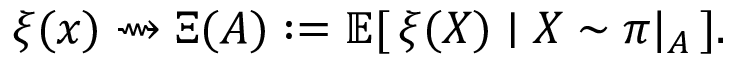
\xi ( x ) \rightsquigarrow \Xi ( A ) : = \mathbb { E } [ \, \xi ( X ) \mid X \sim \pi \vert _ { A } \, ] .